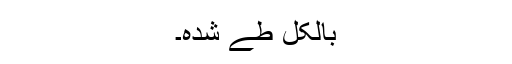
بالکل طے شدہ۔